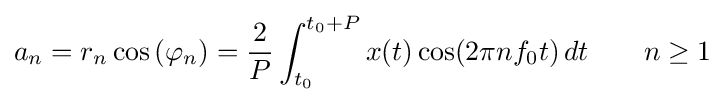
a_{n}=r_{n}\cos \left(\varphi _{n}\right)={\frac {2}{P}}\int _{t_{0}}^{t_{0}+P}x(t)\cos(2\pi nf_{0}t)\,dt\qquad n\geq 1